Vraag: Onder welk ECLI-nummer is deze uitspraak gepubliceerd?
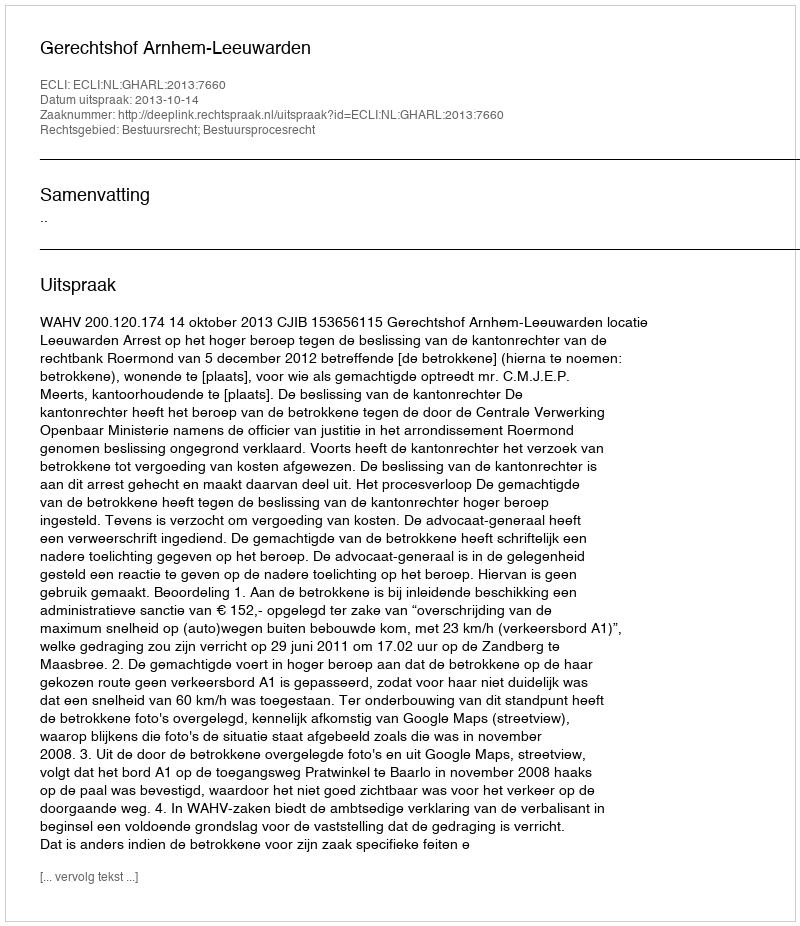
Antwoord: ECLI:NL:GHARL:2013:7660